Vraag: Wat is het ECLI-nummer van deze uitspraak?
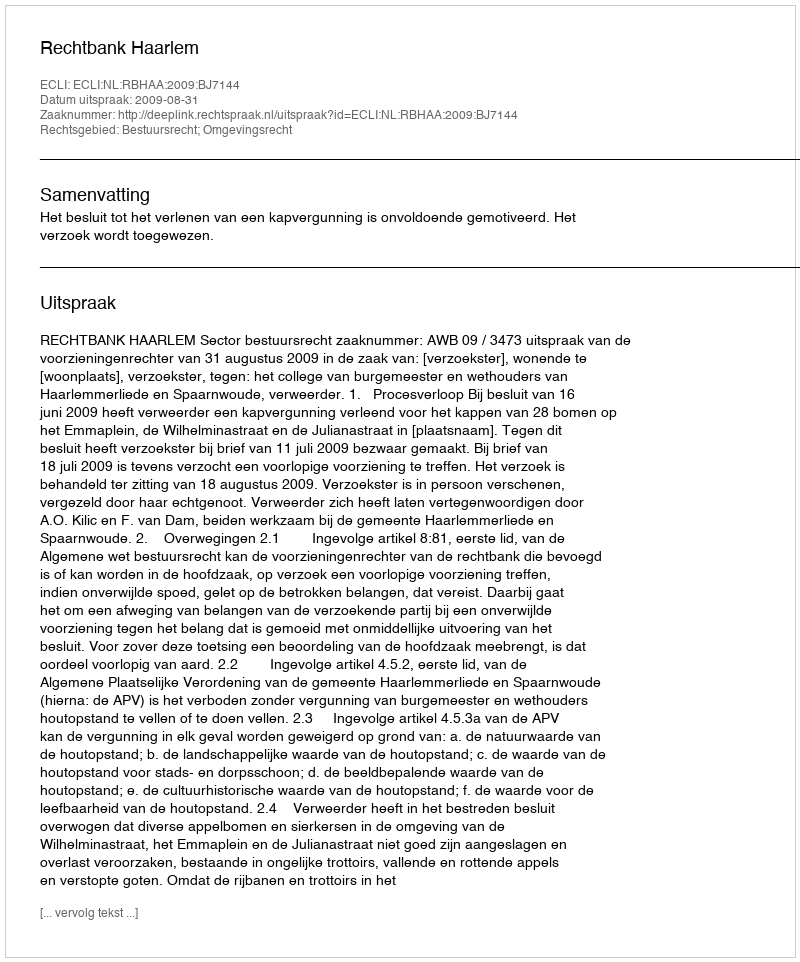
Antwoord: ECLI:NL:RBHAA:2009:BJ7144